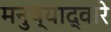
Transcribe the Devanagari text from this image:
मनुष्याद्वारे